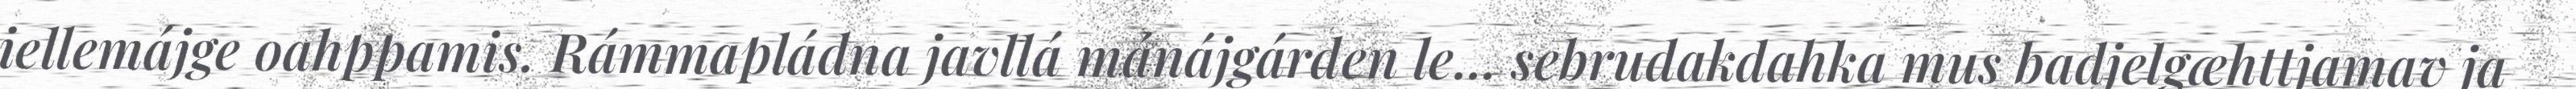
iellemájge oahppamis. Rámmapládna javllá mánájgárden le... sebrudakdahka mus badjelgæhttjamav ja